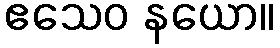
ဧသေဝ နယော။